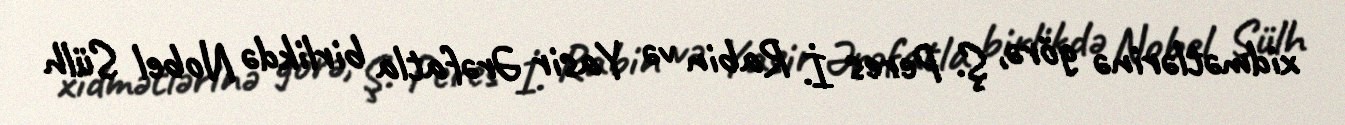
xidmətlərinə görə, Ş. Peres İ. Rabin və Yasir Ərəfatla birlikdə Nobel Sülh